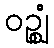
ဝဉ္ဈံ